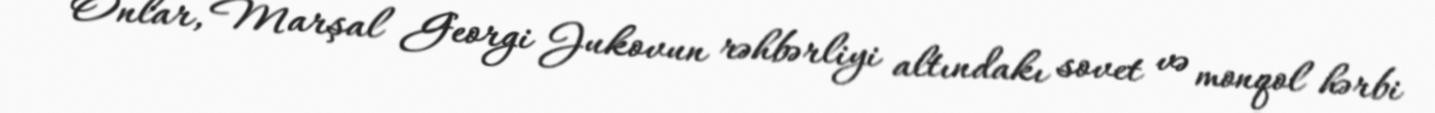
Onlar, Marşal Georgi Jukovun rəhbərliyi altındakı sovet və monqol hərbi